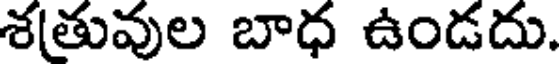
శతువుల బాధ ఉండదు.